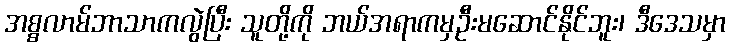
အစ္စလာမ်ဘာသာကလွဲပြီး သူတို့ကို ဘယ်အရာကမှဦးမဆောင်နိုင်ဘူး၊ ဒီဒေသမှာ